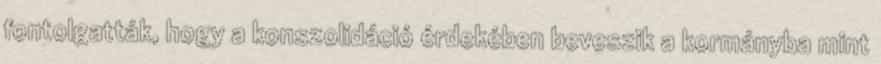
fontolgatták, hogy a konszolidáció érdekében beveszik a kormányba mint